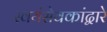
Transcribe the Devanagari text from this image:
स्वयंसेवकांद्वारे